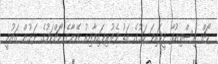
ކޯޗް އިސްތިއުފާ ދީފައިވަ ކަމުގެ އަޑު ފެތުރިފައިވާއިރު އޭނާގެ ކޯޗްކަމުގެ ދަށުން ގައުމީ